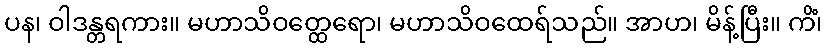
ပန၊ ဝါဒန္တရကား။ မဟာသိဝတ္ထေရော၊ မဟာသိဝထေရ်သည်။ အာဟ၊ မိန့်ပြီး။ ကိံ၊